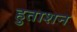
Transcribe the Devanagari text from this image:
हुताशन